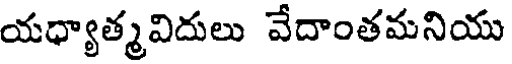
యధ్యాత్మవిదులు వేదాంతమనియు